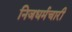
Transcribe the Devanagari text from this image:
निजधर्मचारी